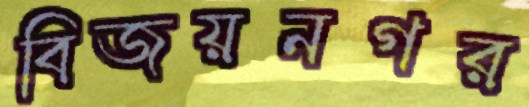
বিজয়নগর